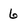
Character: 6